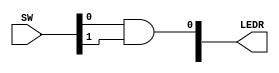
module TopLevel (
    input [9:0] SW,
    output [9:0] LEDR,
);

assign LEDR[0] = SW[0] & SW[1];  // Dataflow AND gate.
    
endmodule